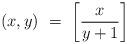
LaTeX: \begin{align*}(x,y) \ = \ \bigg[\frac{x}{y + 1}\bigg]\end{align*}